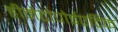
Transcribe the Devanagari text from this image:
हीमेटोपोईएटिक